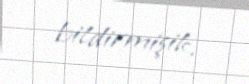
bildirmişik.